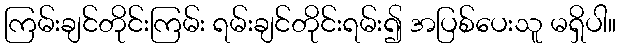
ကြမ်းချင်တိုင်းကြမ်း ရမ်းချင်တိုင်းရမ်း၍ အပြစ်ပေးသူ မရှိပါ။